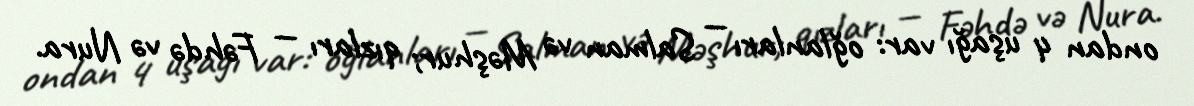
ondan 4 uşağı var: oğlanları — Salman və Məşhur; qızları — Fəhdə və Nura.